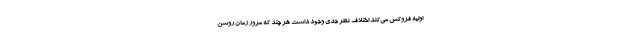
اولیه فروکش می‌کند اختلاف نظر جدی وجود داشت هر چند که مرور زمان روشن